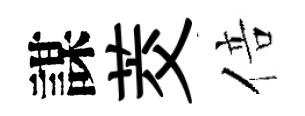
謀茭倍